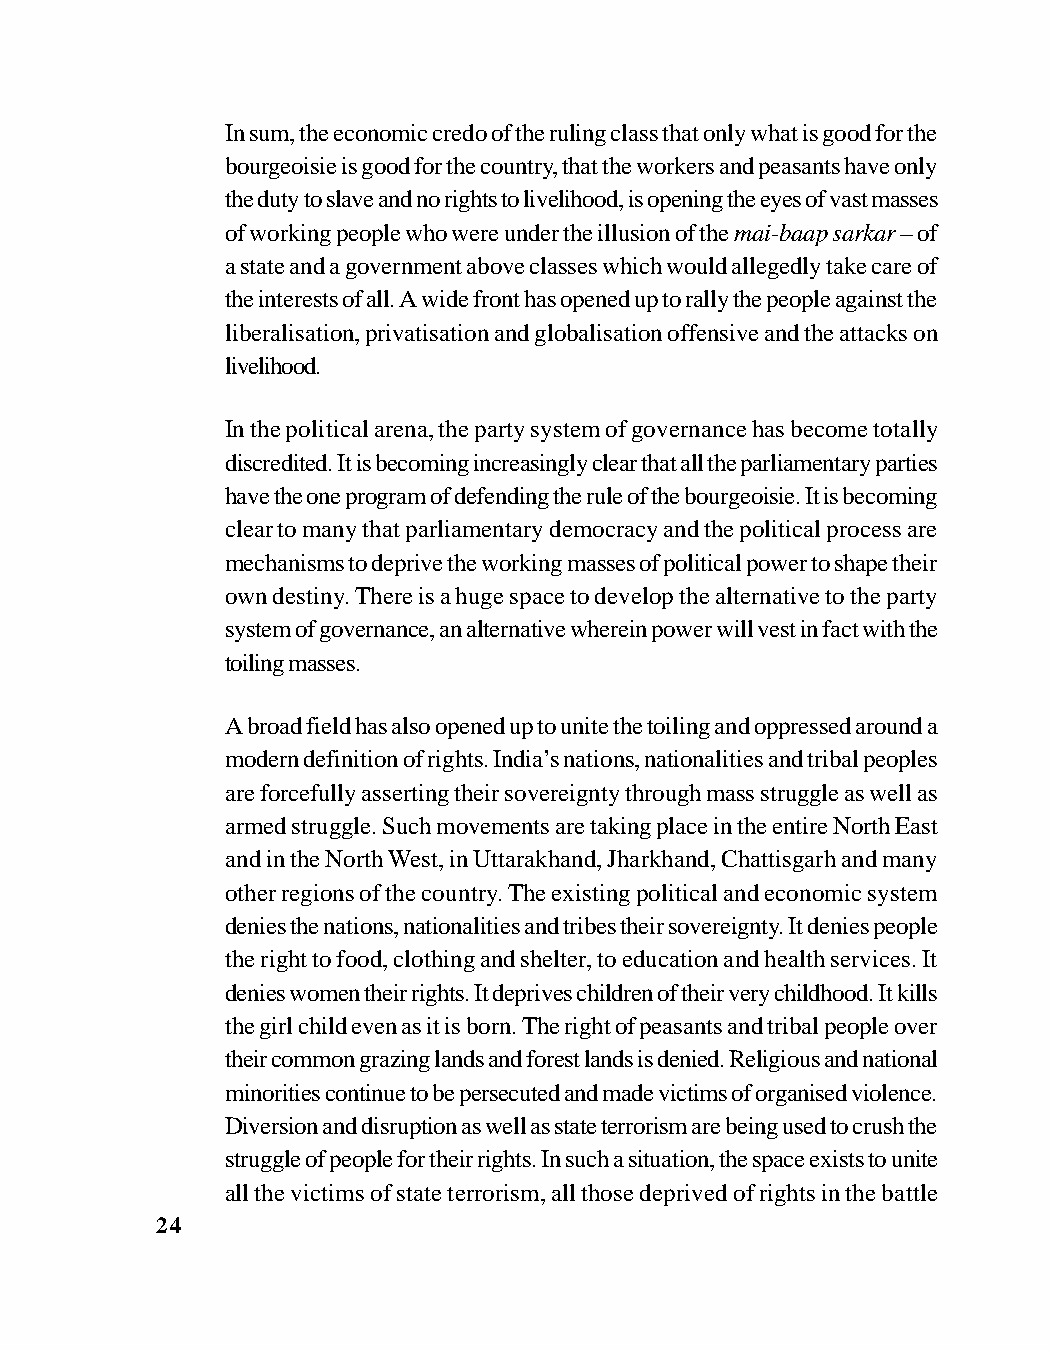
In sum, the economic credo of the ruling class that only what is good for the
 bourgeoisie is good for the country, that the workers and peasants have only
 the duty to slave and no rights to livelihood, is opening the eyes of vast masses
 of working people who were under the illusion of the mai-baap sarkar – of
 a state and a government above classes which would allegedly take care of
 the interests of all. A wide front has opened up to rally the people against the
 liberalisation, privatisation and globalisation offensive and the attacks on
 livelihood.
 In the political arena, the party system of governance has become totally
 discredited. It is becoming increasingly clear that all the parliamentary parties
 have the one program of defending the rule of the bourgeoisie. It is becoming
 clear to many that parliamentary democracy and the political process are
 mechanisms to deprive the working masses of political power to shape their
 own destiny. There is a huge space to develop the alternative to the party
 system of governance, an alternative wherein power will vest in fact with the
 toiling masses.
 A broad field has also opened up to unite the toiling and oppressed around a
 modern definition of rights. India’s nations, nationalities and tribal peoples
 are forcefully asserting their sovereignty through mass struggle as well as
 armed struggle. Such movements are taking place in the entire North East
 and in the North West, in Uttarakhand, Jharkhand, Chattisgarh and many
 other regions of the country. The existing political and economic system
 denies the nations, nationalities and tribes their sovereignty. It denies people
 the right to food, clothing and shelter, to education and health services. It
 denies women their rights. It deprives children of their very childhood. It kills
 the girl child even as it is born. The right of peasants and tribal people over
 their common grazing lands and forest lands is denied. Religious and national
 minorities continue to be persecuted and made victims of organised violence.
 Diversion and disruption as well as state terrorism are being used to crush the
 struggle of people for their rights. In such a situation, the space exists to unite
 all the victims of state terrorism, all those deprived of rights in the battle
 24